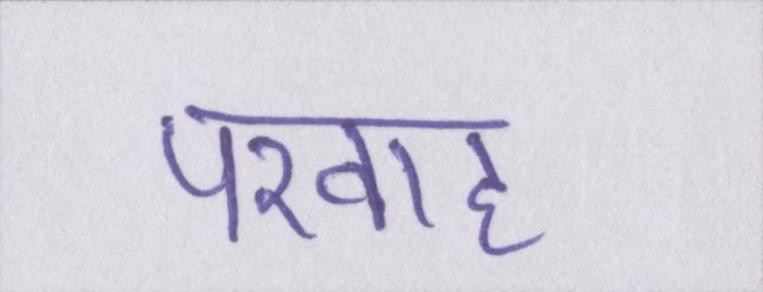
परवाह